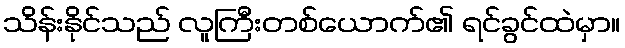
သိန်းနိုင်သည် လူကြီးတစ်ယောက်၏ ရင်ခွင်ထဲမှာ။